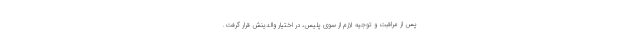
پس از مراقبت و توجیه لازم از سوی پلیس، در اختیار والدینش قرار گرفت.